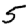
Digit: 5